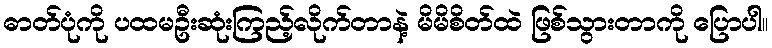
ဓာတ်ပုံကို ပထမဦးဆုံးကြည့်လိုက်တာနဲ့ မိမိစိတ်ထဲ ဖြစ်သွားတာကို ပြောပါ။